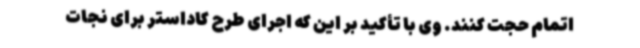
اتمام حجت کنند. وی با تأکید بر این که اجرای طرح کاداستر برای نجات